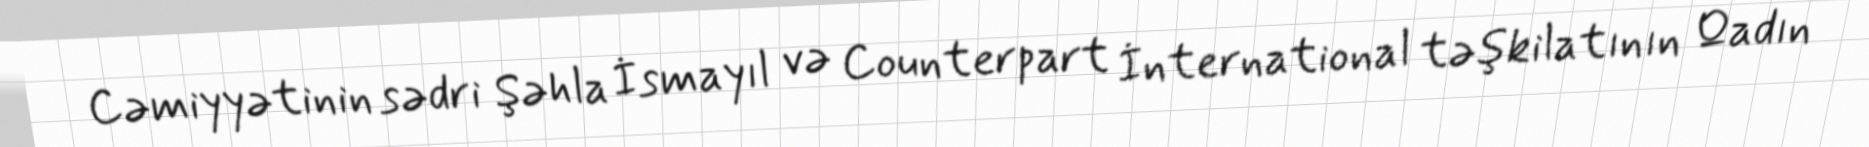
Cəmiyyətinin sədri Şəhla İsmayıl və Counterpart İnternational təşkilatının Qadın